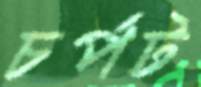
চর্পট